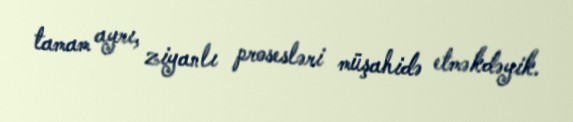
tamam ayrı, ziyanlı prosesləri müşahidə etməkdəyik.